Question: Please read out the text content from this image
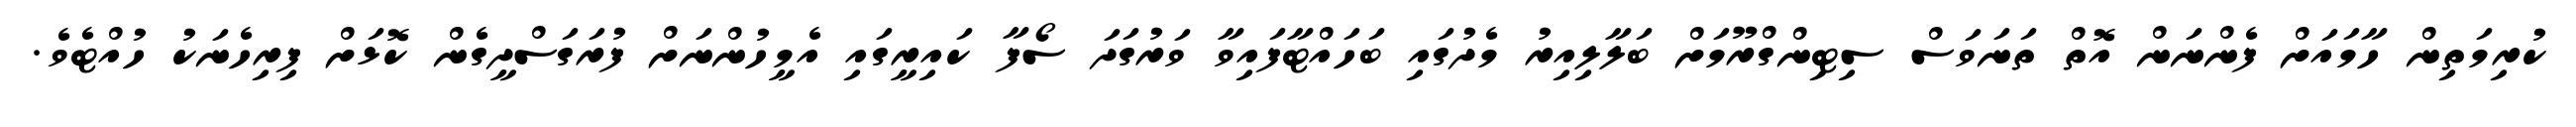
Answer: ކުރިމަތިން ހާމައަށް ފެންނަން އޮތް ތަނަވަސް ސިޓިންގްރޫމަށް ބަލާލިއިރު މެދުގައި ބަހައްޓާފައިވާ ވަރުގަދަ ސޯފާ ކައިރީގައި އެމީހުންނަށް ފުރަގަސްދީގެން ކޮޅަށް ފިރިހެނަކު ހުއްޓެވެ.